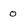
Character: o